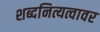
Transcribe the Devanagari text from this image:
शब्दनित्यत्वावर